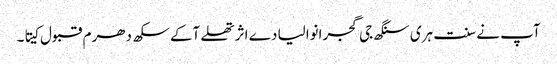
آپ نے سنت ہری سنگھ جی گجرانوالیا دے اثر تھلے آکے سکھ دھرم قبول کیتا۔